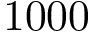
1 0 0 0